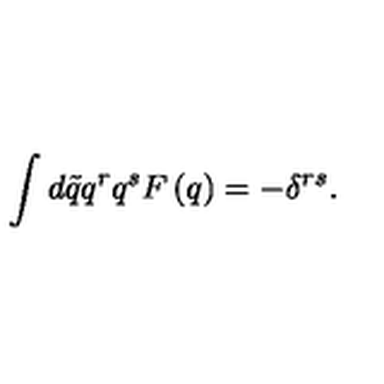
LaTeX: \int d \tilde { q } q ^ { r } q ^ { s } F \left( q \right) = - \delta ^ { r s } .